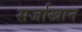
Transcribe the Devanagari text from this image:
सर्जाखान